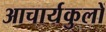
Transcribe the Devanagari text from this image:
आचार्यकुलों